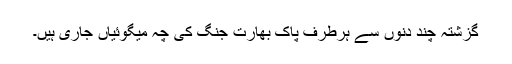
گزشتہ چند دنوں سے ہرطرف پاک بھارت جنگ کی چہ میگوئیاں جاری ہیں۔